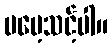
မမေ့သင့်ပါ။